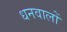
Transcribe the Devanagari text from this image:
धनवालों